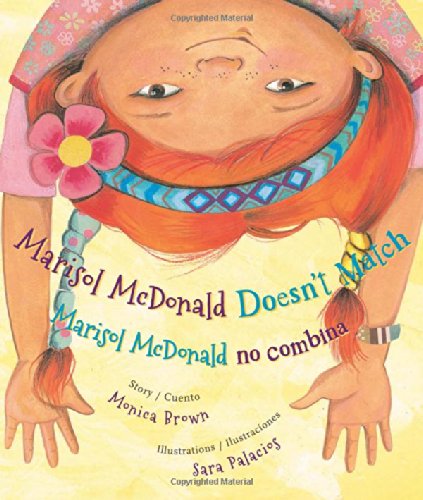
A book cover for Marisol McDonald Doesn't Match: Marisol McDonald no combina (English and Spanish Edition); Monica Brown Ph.D.; Children's Books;